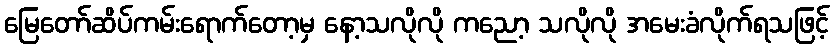
မြေတော်ဆိပ်ကမ်းရောက်တော့မှ နော့သလိုလို ကညော့ သလိုလို အမေးခံလိုက်ရသဖြင့်